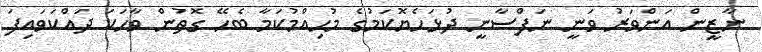
ނާޒީން އަންވަރު ވަނީ ނަފްސާނީ ދުޅަހެޔޮކަމުގެ މުހިއްމުކަމާ ބެހޭ ގޮތުން ވާހަކަ ދައްކަވައިފަ